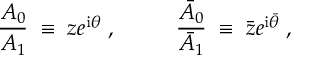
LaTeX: \frac { A _ { 0 } } { A _ { 1 } } \; \equiv \; z e ^ { \mathrm { i } \theta } \; , ~ ~ ~ ~ ~ ~ ~ ~ \frac { \bar { A } _ { 0 } } { \bar { A } _ { 1 } } \; \equiv \; \bar { z } e ^ { \mathrm { i } \bar { \theta } } \; ,